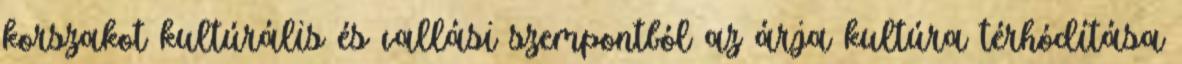
korszakot kultúrális és vallási szempontból az árja kultúra térhódítása